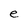
Character: e